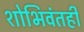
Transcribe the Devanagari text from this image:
शोभिवंतही